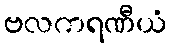
ဗလကရဏီယံ